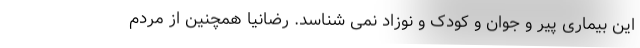
این بیماری پیر و جوان و کودک و نوزاد نمی شناسد. رضانیا همچنین از مردم